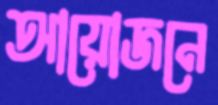
আয়োজনে